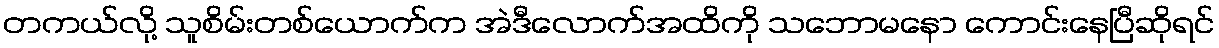
တကယ်လို့ သူစိမ်းတစ်ယောက်က အဲဒီလောက်အထိကို သဘောမနော ကောင်းနေပြီဆိုရင်